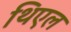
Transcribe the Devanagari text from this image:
थिएल